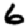
Digit: 6